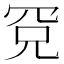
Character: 𰭉